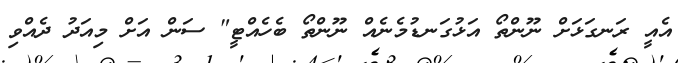
އެއީ ރަނގަޅަށް ނޫންތޯ އަޅުގަނޑުމެނެއް ނޫންތޯ ބެހެއްޓީ" ސަން އަށް މިއަދު ދެއްވި